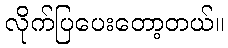
လိုက်ပြပေးတော့တယ်။